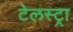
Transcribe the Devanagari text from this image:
टेलस्ट्रा